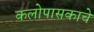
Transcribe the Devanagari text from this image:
कलोपासकाचे